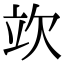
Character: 𣢦